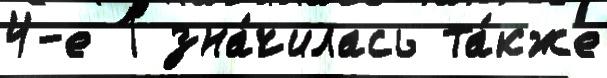
4-е 1 зна́чилась та́кже